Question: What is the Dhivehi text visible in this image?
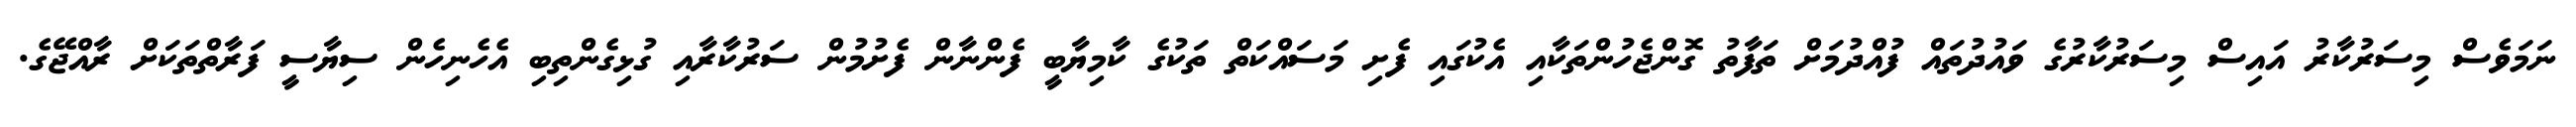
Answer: ނަމަވެސް މިސަރުކާރު އައިސް މިސަރުކާރުގެ ވައުދުތައް ފުއްދުމަށް ތަފާތު ގޮންޖެހުންތަކާއި އެކުގައި ފެށި މަސައްކަތް ތަކުގެ ކާމިޔާބީ ފެންނާން ފެށުމުން ސަރުކާރާއި ގުޅިގެންތިބި އެހެނިހެން ސިޔާސީ ފަރާތްތަކަށް ރާއްޖޭގެ.